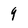
Character: 9